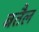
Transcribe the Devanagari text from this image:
बतैल